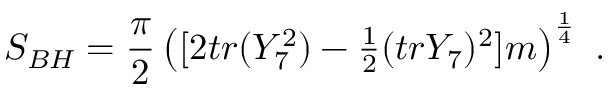
S _ { B H } = { \frac { \pi } { 2 } } \left( [ 2 t r ( Y _ { 7 } ^ { 2 } ) - { \textstyle { \frac { 1 } { 2 } } } ( t r Y _ { 7 } ) ^ { 2 } ] m \right) ^ { \frac { 1 } { 4 } } \ .